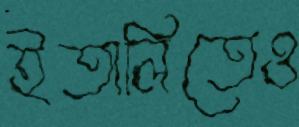
ইতালিতেও